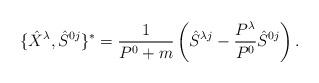
LaTeX: \begin{align*}\{\hat X^\lambda,\hat S^{0j}\}^*=\frac{1}{P^0+m} \left(\hat S^{\lambda j}-\frac{P^\lambda}{P^0}\hat S^{0 j}\right).\end{align*}